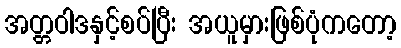
အတ္တဝါဒနှင့်စပ်ပြီး အယူမှားဖြစ်ပုံကတော့